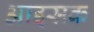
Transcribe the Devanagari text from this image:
आइसक